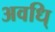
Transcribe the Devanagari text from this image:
अवधि्